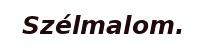
Szélmalom.